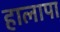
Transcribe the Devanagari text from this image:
हालापा